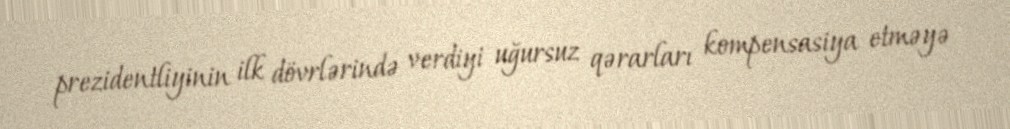
prezidentliyinin ilk dövrlərində verdiyi uğursuz qərarları kompensasiya etməyə